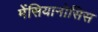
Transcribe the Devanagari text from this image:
मेंसियानोसिस